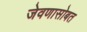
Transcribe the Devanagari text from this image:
जेवणासोबत